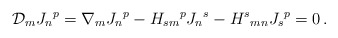
\begin{align*}{\cal D}_m {J_n}^p = \nabla_m {J_n}^p - H_{sm}{}^p {J_n}^s - {H^s}_{mn} {J_s}^p = 0\,.\end{align*}